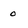
Character: o